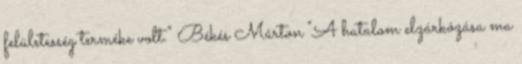
felületesség terméke volt." Békés Márton "A hatalom elzárkózása ma